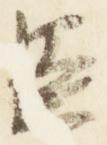
臣